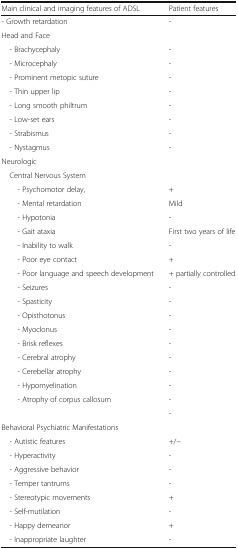
| Main clinical and imaging features of ADSL | Patient features |
 | --- | --- |
 | - Growth retardation | - |
 | <COLSPAN=2> Head and Face |
 | - Brachycephaly | - |
 | - Microcephaly | - |
 | - Prominent metopic suture | - |
 | - Thin upper lip | - |
 | - Long smooth philtrum | - |
 | - Low-set ears | - |
 | - Strabismus | - |
 | - Nystagmus | - |
 | <COLSPAN=2> Neurologic |
 | <COLSPAN=2> Central Nervous System |
 | - Psychomotor delay, | + |
 | - Mental retardation | Mild |
 | - Hypotonia | - |
 | - Gait ataxia | First two years of life |
 | - Inability to walk | - |
 | - Poor eye contact | + |
 | - Poor language and speech development | + partially controlled |
 | - Seizures | - |
 | - Spasticity | - |
 | - Opisthotonus | - |
 | - Myoclonus | - |
 | - Brisk reflexes | - |
 | - Cerebral atrophy | - |
 | - Cerebellar atrophy | - |
 | - Hypomyelination | - |
 | - Atrophy of corpus callosum | - |
 |  | - |
 | <COLSPAN=2> Behavioral Psychiatric Manifestations |
 | - Autistic features | +/− |
 | - Hyperactivity | - |
 | - Aggressive behavior | - |
 | - Temper tantrums | - |
 | - Stereotypic movements | + |
 | - Self-mutilation | - |
 | - Happy demeanor | + |
 | - Inappropriate laughter | - |